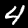
Digit: 4